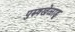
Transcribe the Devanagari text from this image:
पुरुषखेळाडू